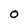
Character: O